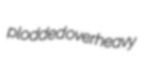
plodded overheavy